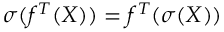
\sigma ( f ^ { T } ( X ) ) = f ^ { T } ( \sigma ( X ) )